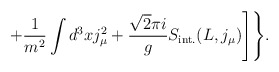
\begin{align*}+\frac{1}{m^2}\int d^3xj_\mu^2+\frac{\sqrt{2}\pi i}{g}S_{\rm int.}(L, j_\mu)\Biggr]\Biggr\}.\end{align*}